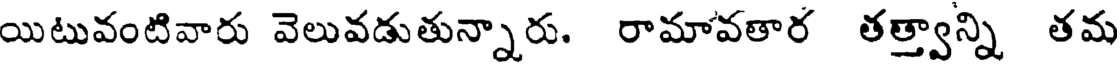
యిటువంటివారు వెలువడుతున్నారు. రామావతార తత్త్వాన్ని తమ